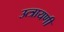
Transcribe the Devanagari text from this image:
उत्त्रायणी